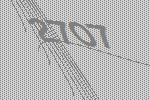
2707